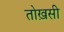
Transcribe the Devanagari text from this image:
तोख़सी